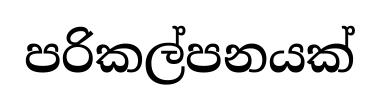
පරිකල්පනයක්